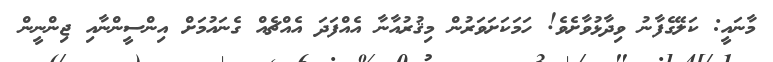
މާނައީ: ކަލޭގެފާނު ވިދާޅުވާށެވެ! ހަމަކަށަވަރުން މިޤުރުއާނާ އެއްފަދަ އެއްޗެއް ގެނައުމަށް އިންސީންނާއި ޖިންނީން